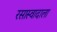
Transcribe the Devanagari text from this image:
रसास्वादाला